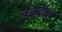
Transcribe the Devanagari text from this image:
नेक्टैन